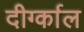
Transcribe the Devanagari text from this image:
दीर्ग्काल